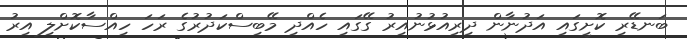
ބަނޑޭރި ކޮށީގައި އަދުނާން ދިރިއުޅުނުއިރު ގޭގައި ހެއްދި މޭބިސްކަދުރުގެ ރަހަ ހިއްސާކޮށްލި އިރު